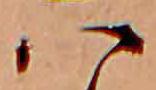
ハ